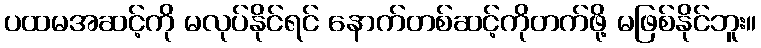
ပထမအဆင့်ကို မလုပ်နိုင်ရင် နောက်တစ်ဆင့်ကိုတက်ဖို့ မဖြစ်နိုင်ဘူး။